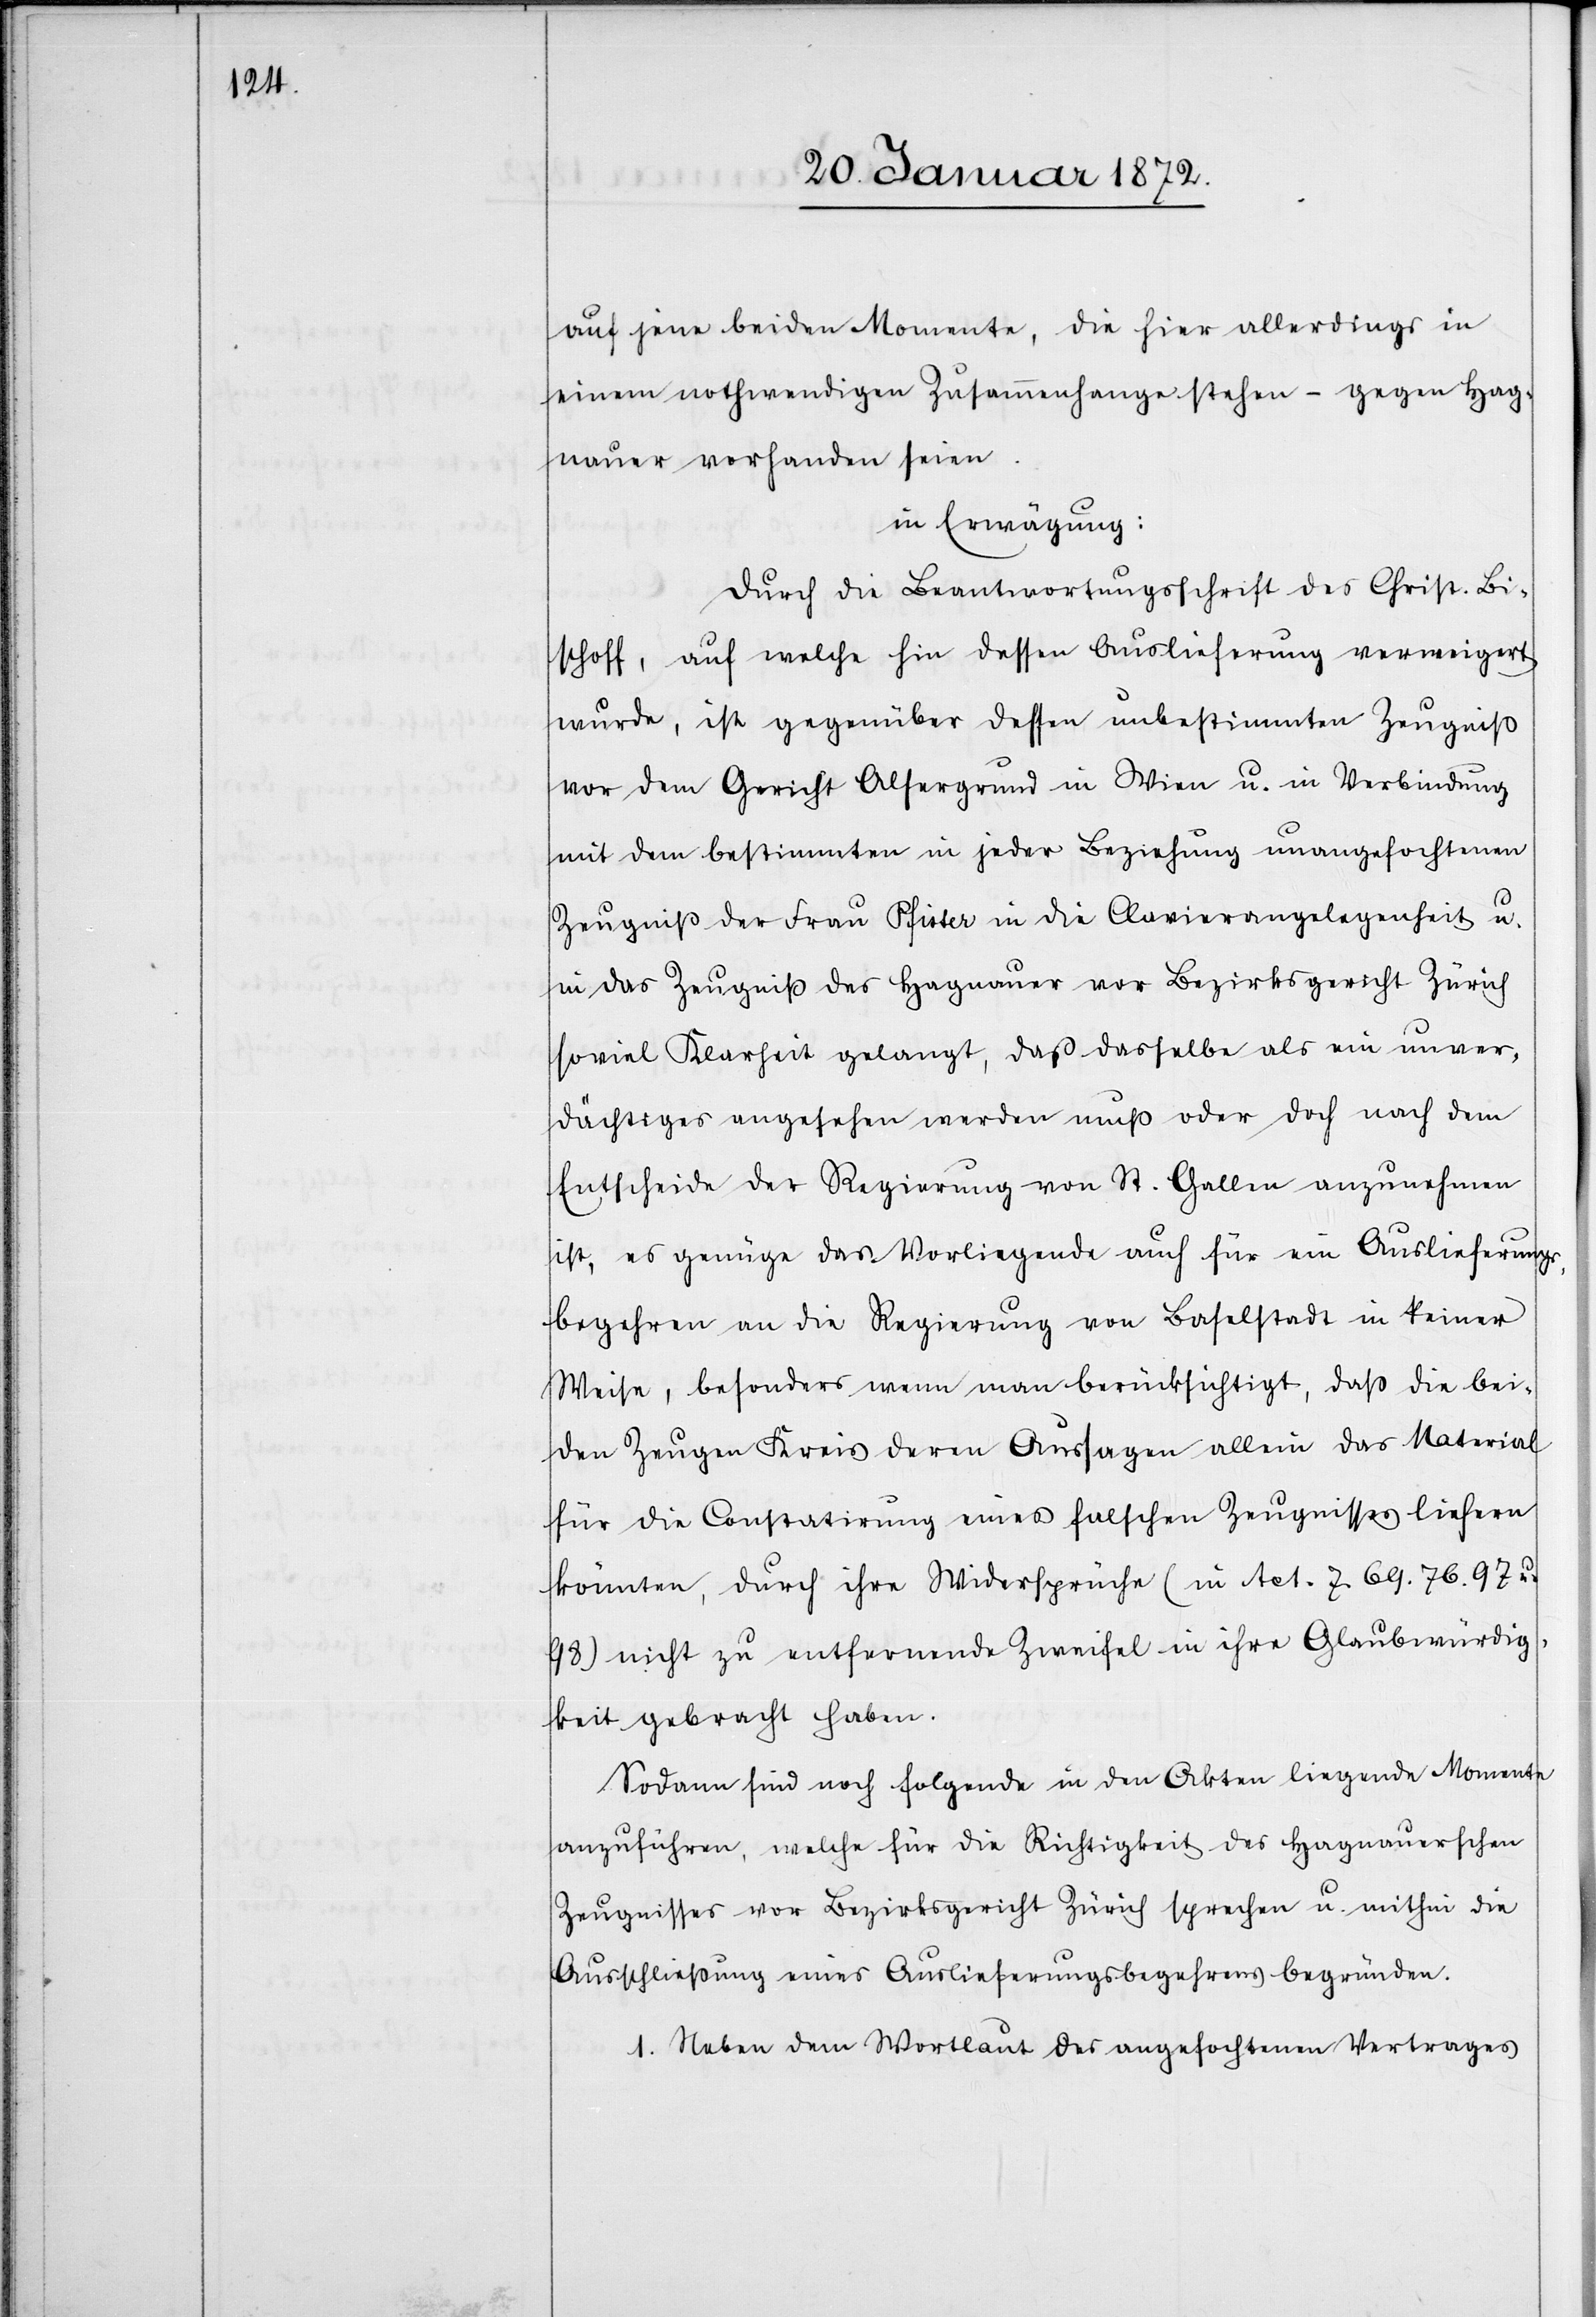
auf jene beiden Momente, die hier allerdings in
einem nothwendigen Zusammenhange stehen – gegen Hag¬
nauer vorhanden seien.
in Erwägung:
Durch die Beantwortungsschrift des Christ. Bi¬
schoff, auf welche hin dessen Auslieferung verweigert
wurde, ist gegenüber dessen unbestimmten Zeugniß
vor dem Gericht Alsergrund in Wien u. in Verbindung
mit dem bestimmten in jeder Beziehung unangefochtenen
Zeugniß der Frau Pfister in die Clavierangelegenheit u.
in das Zeugniß des Hagnauer vor Bezirksgericht Zürich
soviel Klarheit gelangt, daß dasselbe als ein unver¬
dächtiges angesehen werden muß oder doch nach dem
Entscheide der Regierung von St. Gallen anzunehmen
ist, es genüge das Vorliegende auch für ein Auslieferungs¬
begehren an die Regierung von Baselstadt in keiner
Weise, besonders wenn man berücksichtigt, daß die bei¬
den Zeugen Kreis deren Aussagen allein das Material
für die Constatirung eines falschen Zeugnisses liefern
könnten, durch ihre Widersprüche (in Act. 7.69.76.97 u.
98) nicht zu entfernende Zweifel in ihre Glaubwürdig¬
keit gebracht haben.
Sodann sind noch folgende in den Akten liegende Momente
anzuführen, welche für die Richtigkeit des Hagnauerschen
Zeugnisses vor Bezirksgericht Zürich sprechen u. mithin die
Ausschließung eines Auslieferungsbegehrens begründen.
1. Neben dem Wortlaut des angefochtenen Vertrages